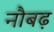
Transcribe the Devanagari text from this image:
नौबढ़